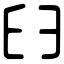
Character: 𦥑